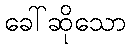
ခေါ်ဆိုသော